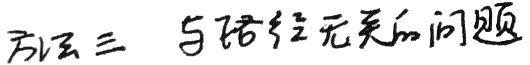
方法三 与路径无关的问题